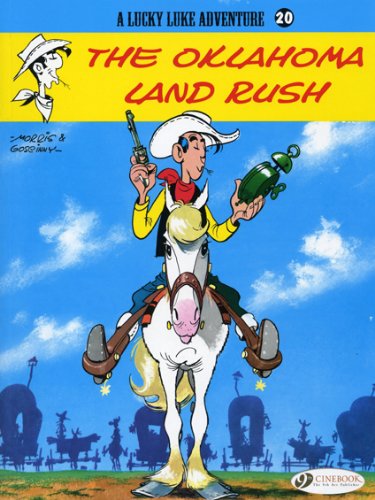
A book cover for The Oklahoma Land Rush, Lucky Luke #20; Goscinny; Humor & Entertainment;